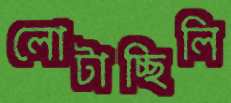
লোটাচ্ছিলি